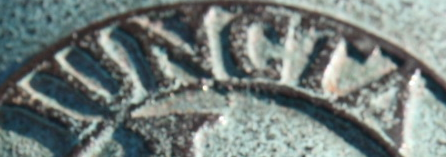
IUNCTA